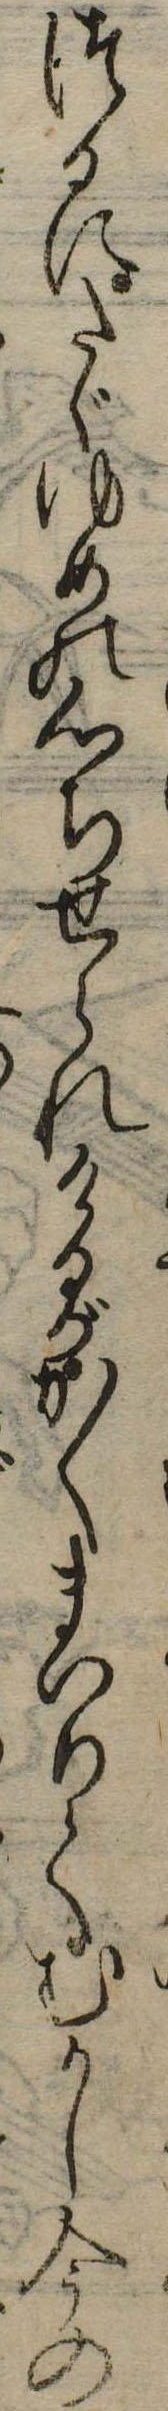
つるにたゞゆめの心ちせられけるがかくまいりてむかし今の